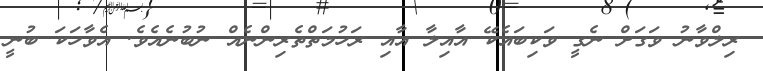
ރިލްވާނު ވަގަށް ނެގީ ވަކިބައެކޭ އާއިލާ އާއި ރަހުމަތްތެރިންނެއް ނުބުނެއެވެ. އެވާހަކަ ބުނީ